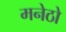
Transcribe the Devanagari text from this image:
मनेठो